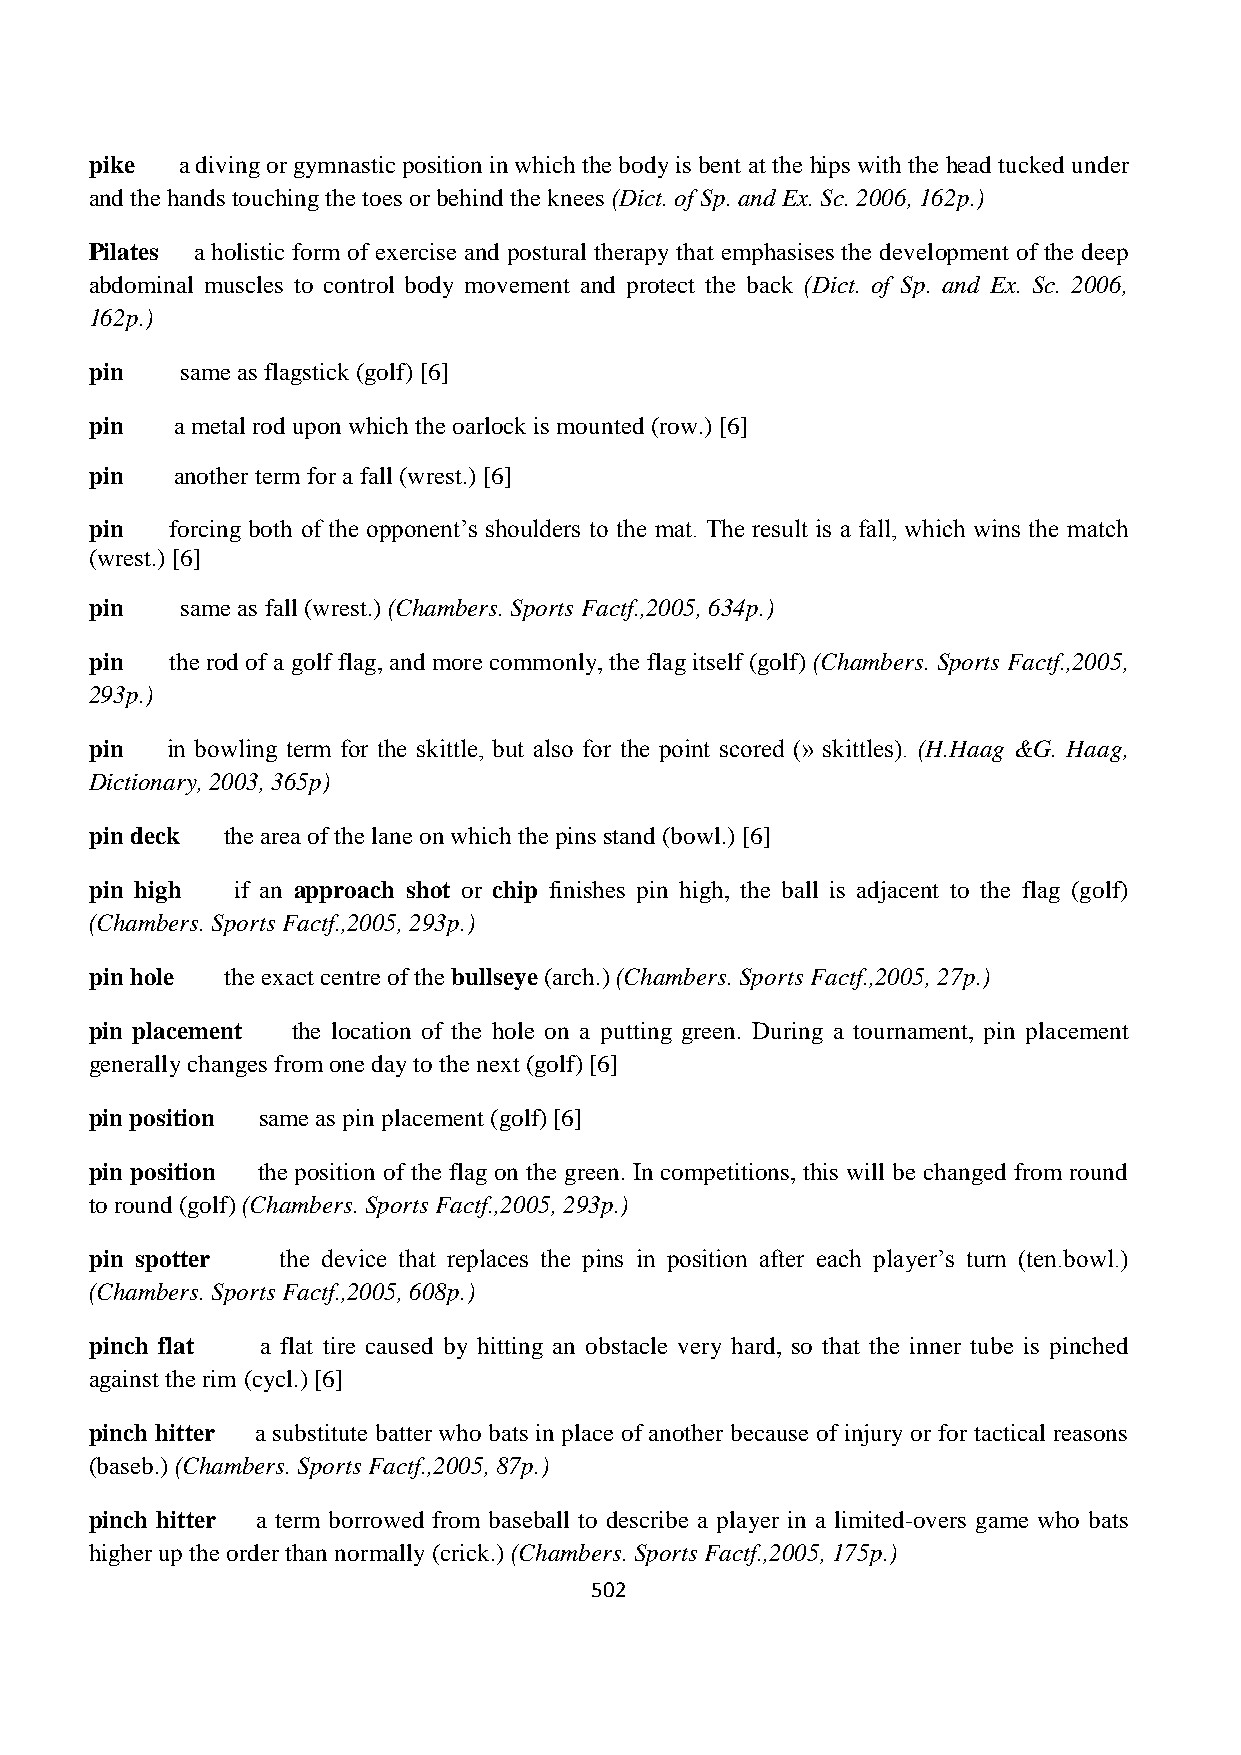
pike  a diving or gymnastic position in which the body is bent at the hips with the head tucked under
 and the hands touching the toes or behind the knees (Dict. of Sp. and Ex. Sc. 2006, 162p.)
 Pilates a holistic form of exercise and postural therapy that emphasises the development of the deep
 abdominal muscles to control body movement and protect the back (Dict. of Sp. and Ex. Sc. 2006,
 162p.)
 pin   same as flagstick (golf) [6]
 pin   a metal rod upon which the oarlock is mounted (row.) [6]
 pin   another term for a fall (wrest.) [6]
 pin  forcing both of the opponent’s shoulders to the mat. The result is a fall, which wins the match
 (wrest.) [6]
 pin   same as fall (wrest.) (Chambers. Sports Factf.,2005, 634p.)
 pin  the rod of a golf flag, and more commonly, the flag itself (golf) (Chambers. Sports Factf.,2005,
 293p.)
 pin  in bowling term for the skittle, but also for the point scored (» skittles). (H.Haag &G. Haag,
 Dictionary, 2003, 365p)
 pin deck the area of the lane on which the pins stand (bowl.) [6]
 pin high if an approach shot or chip finishes pin high, the ball is adjacent to the flag (golf)
 (Chambers. Sports Factf.,2005, 293p.)
 pin hole the exact centre of the bullseye (arch.) (Chambers. Sports Factf.,2005, 27p.)
 pin placement the location of the hole on a putting green. During a tournament, pin placement
 generally changes from one day to the next (golf) [6]
 pin position same as pin placement (golf) [6]
 pin position the position of the flag on the green. In competitions, this will be changed from round
 to round (golf) (Chambers. Sports Factf.,2005, 293p.)
 pin spotter the device that replaces the pins in position after each player’s turn (ten.bowl.)
 (Chambers. Sports Factf.,2005, 608p.)
 pinch flat a flat tire caused by hitting an obstacle very hard, so that the inner tube is pinched
 against the rim (cycl.) [6]
 pinch hitter a substitute batter who bats in place of another because of injury or for tactical reasons
 (baseb.) (Chambers. Sports Factf.,2005, 87p.)
 pinch hitter a term borrowed from baseball to describe a player in a limited-overs game who bats
 higher up the order than normally (crick.) (Chambers. Sports Factf.,2005, 175p.)
 502